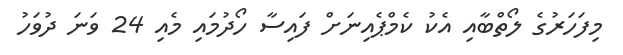
މިފަހަރުގެ ލޯތްބާއި އެކު ކެމްޕެއިނަށް ފައިސާ ހޯދުމައި މެއި 24 ވަނަ ދުވަހު